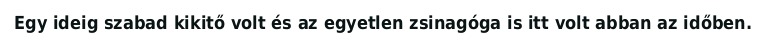
Egy ideig szabad kikitő volt és az egyetlen zsinagóga is itt volt abban az időben.